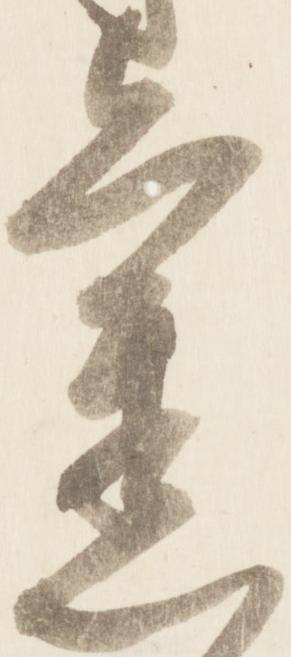
旧